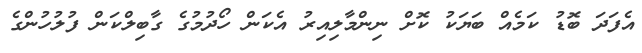
އެފަދަ ބޮޑު ކަމެއް ބަޔަކު ކޮށް ނިންމާލިއިރު އެކަން ހޯދުމުގެ ގާބިލްކަން ފުލުހުންގެ